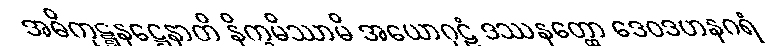
အဓိကုဋ္ဋနဋ္ဌေနာတိ နိက္ခမိဿာမိ အယောဂုဠံ ဒဿနတ္ထော ဒေဝဒဟနဂရံ